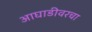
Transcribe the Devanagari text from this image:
आघाडीवरचा